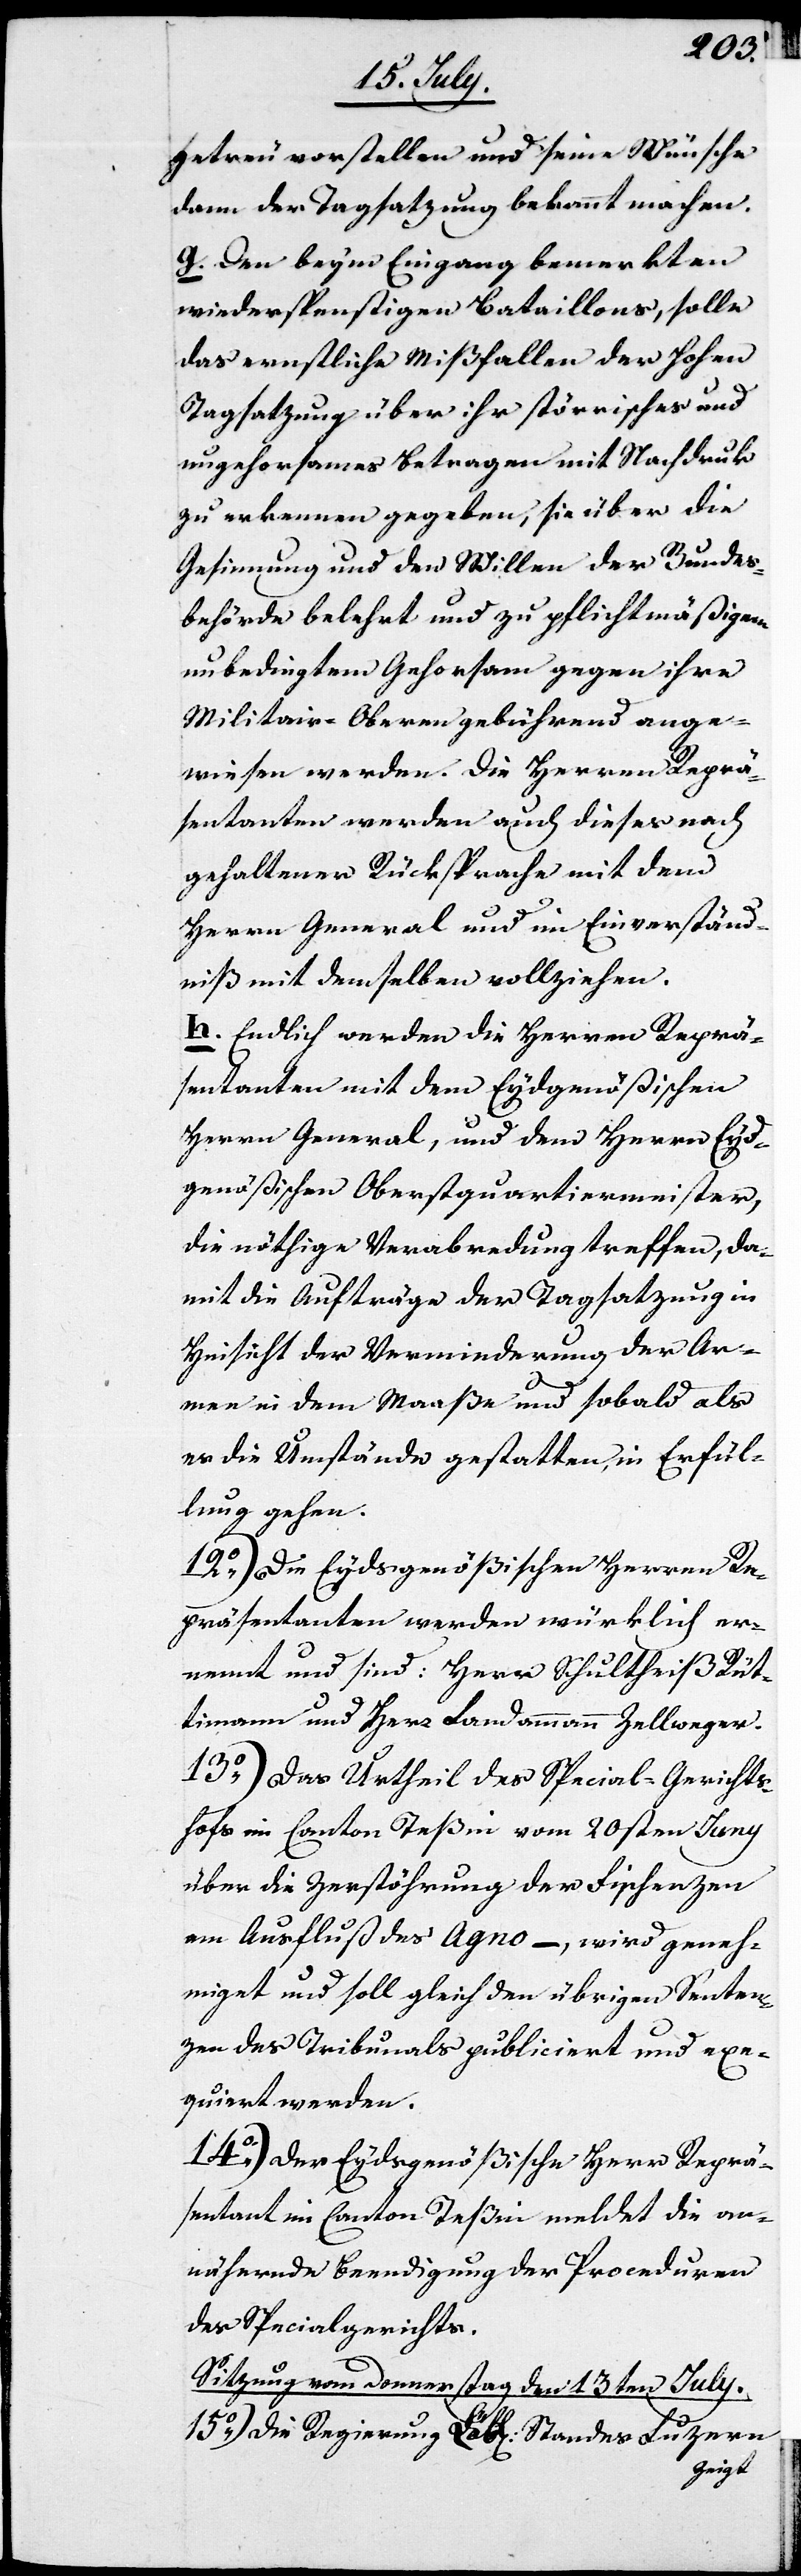
getreu vorstellen und seine Wünsche
dann der Tagsatzung bekannt machen.
g. Den beym Eingang bemerkten
wiederspenstigen Bataillons, solle
das ernstliche Mißfallen der Hohen
Tagsatzung über ihr störrisches und
ungehorsames Betragen mit Nachdruck
zu erkennen gegeben, sie über die
Gesinnung und den Willen der Bundes¬
behörde belehrt und zu pflichtmäßigem
unbedingtem Gehorsam gegen ihre
Militair-Oberen gebührend ange¬
wiesen werden. Die Herren Reprä¬
sentanten werden auch dieses nach
gehaltener Rücksprache mit dem
Herrn General und im Einverständ¬
niß mit demselben vollziehen.
h. Endlich werden die Herren Reprä¬
sentanten mit dem Eydgenößischen
Herrn General, und dem Herrn Eyd¬
genößischen Oberstquartiermeister,
die nöthige Verabredung treffen da¬
mit die Aufträge der Tagsatzung in
Hinsicht der Verminderung der Ar¬
mee in dem Maaße und sobald als
es die Umstände gestatten, in Erfül¬
lung gehen.
12.) Die Eydsgenößischen Herren Re¬
präsentanten werden würklich er¬
nennt und sind: Herr Schultheiß Rüt¬
timann und Herr Landammann Zellweger.
13.) Das Urtheil des Special-Gerichts¬
hofs im Canton Teßin vom 20sten Juny
über die Zerstöhrung der Fischenzen
am Ausfluß des Agno, – wird geneh¬
miget und soll gleich den übrigen Senten¬
zen des Tribunals publiciert und exe¬
quiert werden.
14.) Der Eydsgenößische Herr Reprä¬
sentant im Canton Teßin meldet die an¬
nähernde Beendigung der Proceduren
des Spezialgerichts.
Sitzung vom Donnerstag den 13ten July.
15.) Die Regierung Löbl. Standes Luzern